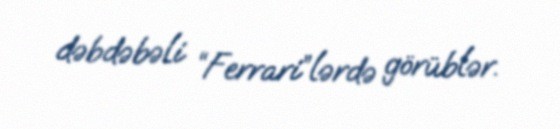
dəbdəbəli “Ferrari”lərdə görüblər.